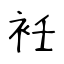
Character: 衽